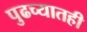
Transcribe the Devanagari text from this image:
पुढच्यातही